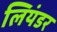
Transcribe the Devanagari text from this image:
लियंडर